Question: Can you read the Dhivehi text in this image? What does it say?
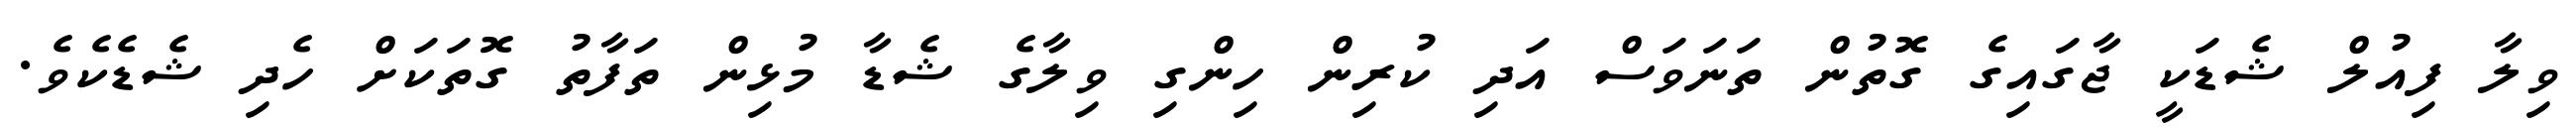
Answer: ވިލާ ފިއުލް ޝެޑަކީ ޖާގައިގެ ގޮތުން ތަނަވަސް އަދި ކުރިން ހިންގި ވިލާގެ ޝެޑާ މުޅިން ތަފާތު ގޮތަކަށް ހެދި ޝެޑެކެވެ.